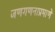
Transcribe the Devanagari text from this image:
जणगणनाप्रमाणे